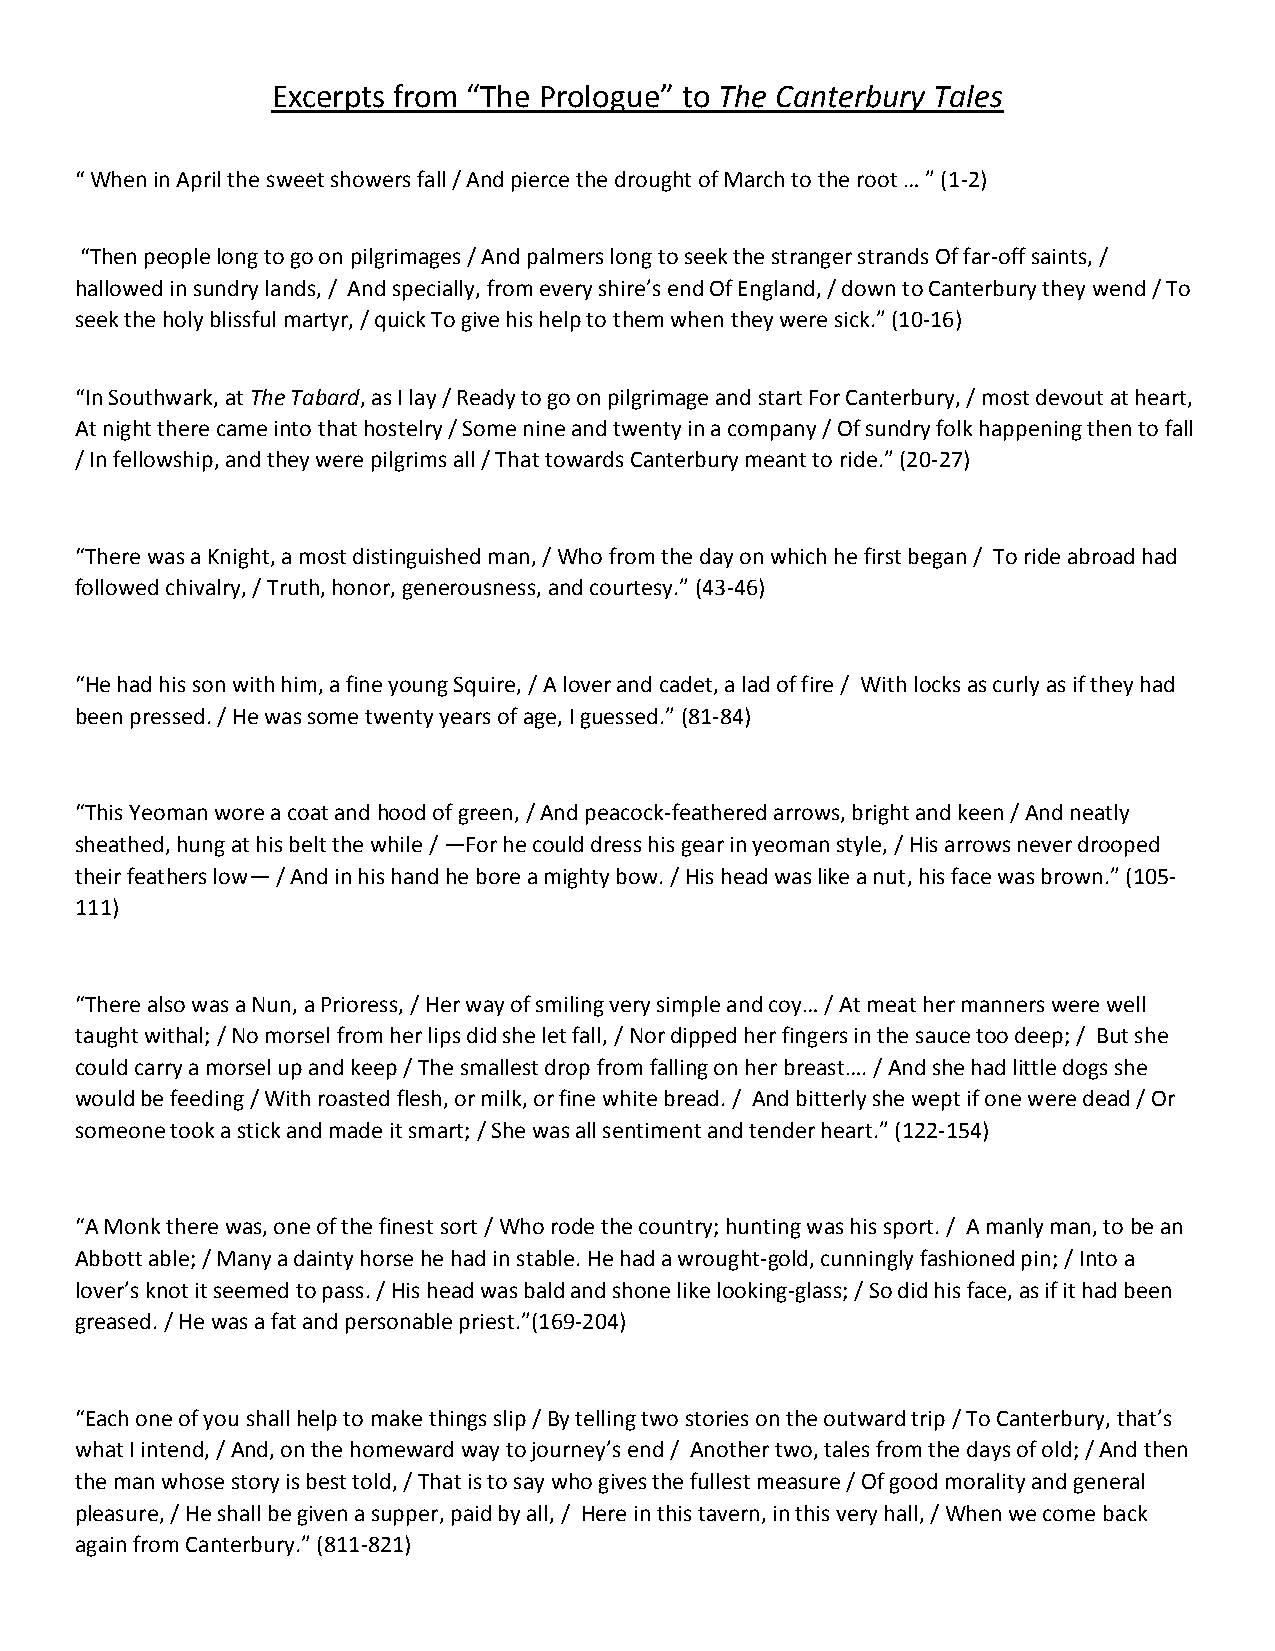
Excerpts from “The Prologue” to The Canterbury Tales
 “ When in April the sweet showers fall / And pierce the drought of March to the root … ” (1-2)
 “Then people long to go on pilgrimages / And palmers long to seek the stranger strands Of far-off saints, /
 hallowed in sundry lands, / And specially, from every shire’s end Of England, / down to Canterbury they wend / To
 seek the holy blissful martyr, / quick To give his help to them when they were sick.” (10-16)
 “In Southwark, at The Tabard, as I lay / Ready to go on pilgrimage and start For Canterbury, / most devout at heart,
 At night there came into that hostelry / Some nine and twenty in a company / Of sundry folk happening then to fall
 / In fellowship, and they were pilgrims all / That towards Canterbury meant to ride.” (20-27)
 “There was a Knight, a most distinguished man, / Who from the day on which he first began / To ride abroad had
 followed chivalry, / Truth, honor, generousness, and courtesy.” (43-46)
 “He had his son with him, a fine young Squire, / A lover and cadet, a lad of fire / With locks as curly as if they had
 been pressed. / He was some twenty years of age, I guessed.” (81-84)
 “This Yeoman wore a coat and hood of green, / And peacock-feathered arrows, bright and keen / And neatly
 sheathed, hung at his belt the while / —For he could dress his gear in yeoman style, / His arrows never drooped
 their feathers low— / And in his hand he bore a mighty bow. / His head was like a nut, his face was brown.” (105-
 111)
 “There also was a Nun, a Prioress, / Her way of smiling very simple and coy… / At meat her manners were well
 taught withal; / No morsel from her lips did she let fall, / Nor dipped her fingers in the sauce too deep; / But she
 could carry a morsel up and keep / The smallest drop from falling on her breast…. / And she had little dogs she
 would be feeding / With roasted flesh, or milk, or fine white bread. / And bitterly she wept if one were dead / Or
 someone took a stick and made it smart; / She was all sentiment and tender heart.” (122-154)
 “A Monk there was, one of the finest sort / Who rode the country; hunting was his sport. / A manly man, to be an
 Abbott able; / Many a dainty horse he had in stable. He had a wrought-gold, cunningly fashioned pin; / Into a
 lover’s knot it seemed to pass. / His head was bald and shone like looking-glass; / So did his face, as if it had been
 greased. / He was a fat and personable priest.”(169-204)
 “Each one of you shall help to make things slip / By telling two stories on the outward trip / To Canterbury, that’s
 what I intend, / And, on the homeward way to journey’s end / Another two, tales from the days of old; / And then
 the man whose story is best told, / That is to say who gives the fullest measure / Of good morality and general
 pleasure, / He shall be given a supper, paid by all, / Here in this tavern, in this very hall, / When we come back
 again from Canterbury.” (811-821)